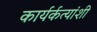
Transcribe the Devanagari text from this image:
कार्यर्कत्यांशी